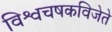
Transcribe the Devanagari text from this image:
विश्वचषकविजेते